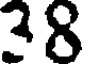
38